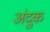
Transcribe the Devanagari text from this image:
अंदुक